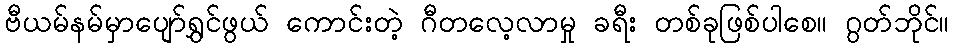
ဗီယမ်နမ်မှာပျော်ရွှင်ဖွယ် ကောင်းတဲ့ ဂီတလေ့လာမှု ခရီး တစ်ခုဖြစ်ပါစေ။ ဂွတ်ဘိုင်။